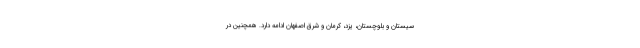
سیستان و بلوچستان، یزد، کرمان و شرق اصفهان ادامه دارد. همچنین در